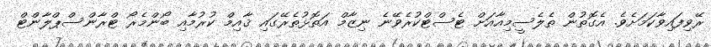
ރޭވިފައިވާކަމަށެވެ. އެގޮތުން ތެލެސީމިއާއަށް ޓެސްޓްކުރެވޭނެ ނިޒާމް އަތޮޅުތެރޭގައި ޤާއިމް ކުރުމާއި ބޯންމެރޯ ޓްރާންސްޕްލާންޓް